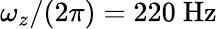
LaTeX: \omega_{z}/(2\pi)=220\ \mathrm{Hz}